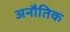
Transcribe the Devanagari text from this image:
अनौतिक